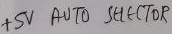
Text: +5V AUTO SELECTOR